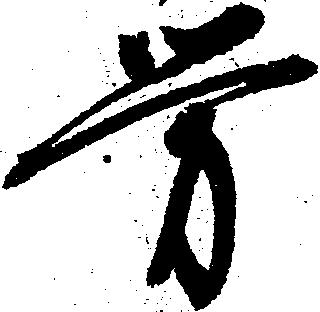
労